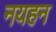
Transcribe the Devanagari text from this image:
नयहन